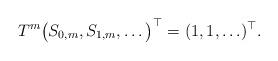
LaTeX: \begin{align*}T^m \big(S_{0,m},S_{1,m},\ldots\big)^\top = (1,1,\ldots)^\top.\end{align*}